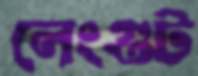
লেংগুট